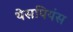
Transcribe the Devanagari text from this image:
थेसपियंस